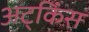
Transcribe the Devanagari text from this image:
अट्किंस